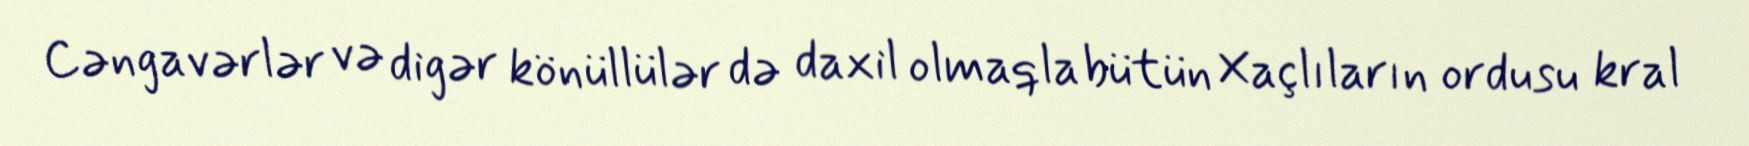
Cəngavərlər və digər könüllülər də daxil olmaqla bütün Xaçlıların ordusu kral